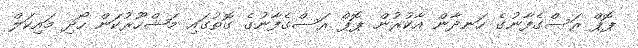
ޕޮޕް ރަސްގެފާނުގެ ހަނދާން އާކުރުން ޕޮޕް ރަސްގެފާނުގެ ގޮތުގައި މަޝްހޫރުކަން ހޯދި މައިކަލް